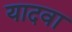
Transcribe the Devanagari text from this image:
यादवा